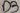
Text: D3